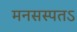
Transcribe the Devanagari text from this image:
मनसस्पतऽ